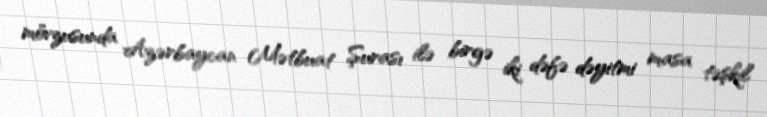
mövzusunda Azərbaycan Mətbuat Şurası ilə birgə iki dəfə dəyitmi masa təşkil